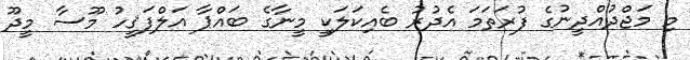
މި މަޖްދުއްދީނުގެ ފުރަތަމަ އެދުރު ބެއިކަލަކީ މީނާގެ ބައްޕާ އަލްފަޤީހު މޫސާ މީދޫ